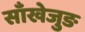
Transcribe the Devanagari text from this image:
साँखेजुङ